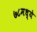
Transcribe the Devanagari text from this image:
७८मध्ये